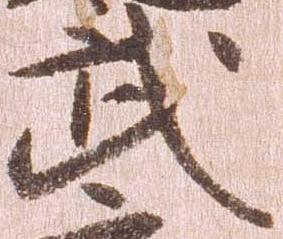
武